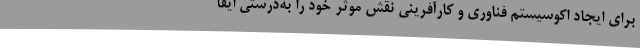
برای ایجاد اکوسیستم فناوری و کارآفرینی نقش موثر خود را به‌درستی ایفا